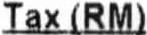
TAX(RM)